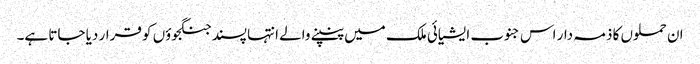
ان حملوں کا ذمہ دار اس جنوب ایشیائی ملک میں پنپنے والے انتہا پسند جنگجوؤں کو قرار دیا جاتا ہے۔